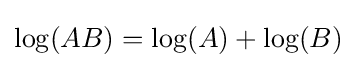
\log(AB)=\log(A)+\log(B)